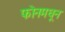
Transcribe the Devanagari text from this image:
फोनमधून